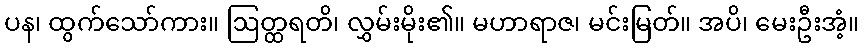
ပန၊ ထွက်သော်ကား။ ဩတ္ထရတိ၊ လွှမ်းမိုး၏။ မဟာရာဇ၊ မင်းမြတ်။ အပိ၊ မေးဦးအံ့။